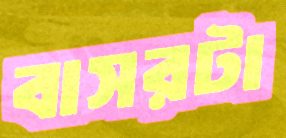
বাসরটা